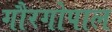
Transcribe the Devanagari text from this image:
गौरगोपाल